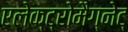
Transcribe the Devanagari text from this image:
एलेक्ट्रोमैग्नेट्